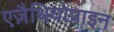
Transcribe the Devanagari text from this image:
एज़ैथियोप्राइन